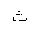
Letter: _tha